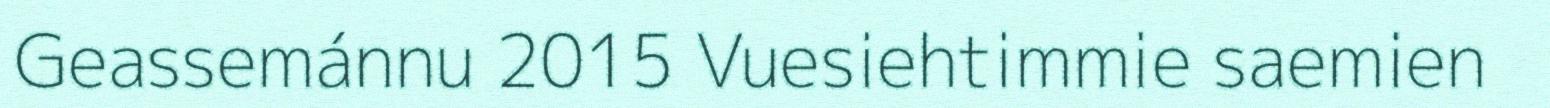
Geassemánnu 2015 Vuesiehtimmie saemien